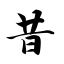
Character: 昔